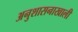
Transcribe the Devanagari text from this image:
अनुशासनाखाली